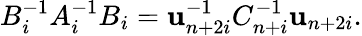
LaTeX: B_{i}^{-1}A_{i}^{-1}B_{i}=\mathbf{u}_{n+2i}^{-1}C_{n+i}^{-1}\mathbf{u}_{n+2i}.